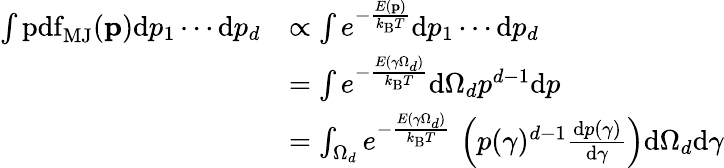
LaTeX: {\begin{array}{rl}{\int\operatorname{pdf}_{\mathrm{MJ}}(\mathbf{p})\mathrm{d}p_{1}\cdots\mathrm{d}p_{d}}&{\propto\int e^{-{\frac{E(\mathbf{p})}{k_{\mathrm{B}}T}}}\mathrm{d}p_{1}\cdots\mathrm{d}p_{d}}\\ &{=\int e^{-{\frac{E(\gamma\Omega_{d})}{k_{\mathrm{B}}T}}}\mathrm{d}\Omega_{d}p^{d-1}\mathrm{d}p}\\ &{=\int_{\Omega_{d}}e^{-{\frac{E(\gamma\Omega_{d})}{k_{\mathrm{B}}T}}}\, \left(p(\gamma)^{d-1}{\frac{\mathrm{d}p(\gamma)}{\mathrm{d}\gamma}}\right)\mathrm{d}\Omega_{d}\mathrm{d}\gamma}\end{array}}